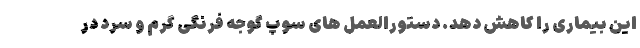
این بیماری را کاهش دهد. دستورالعمل های سوپ گوجه فرنگی گرم و سرد در